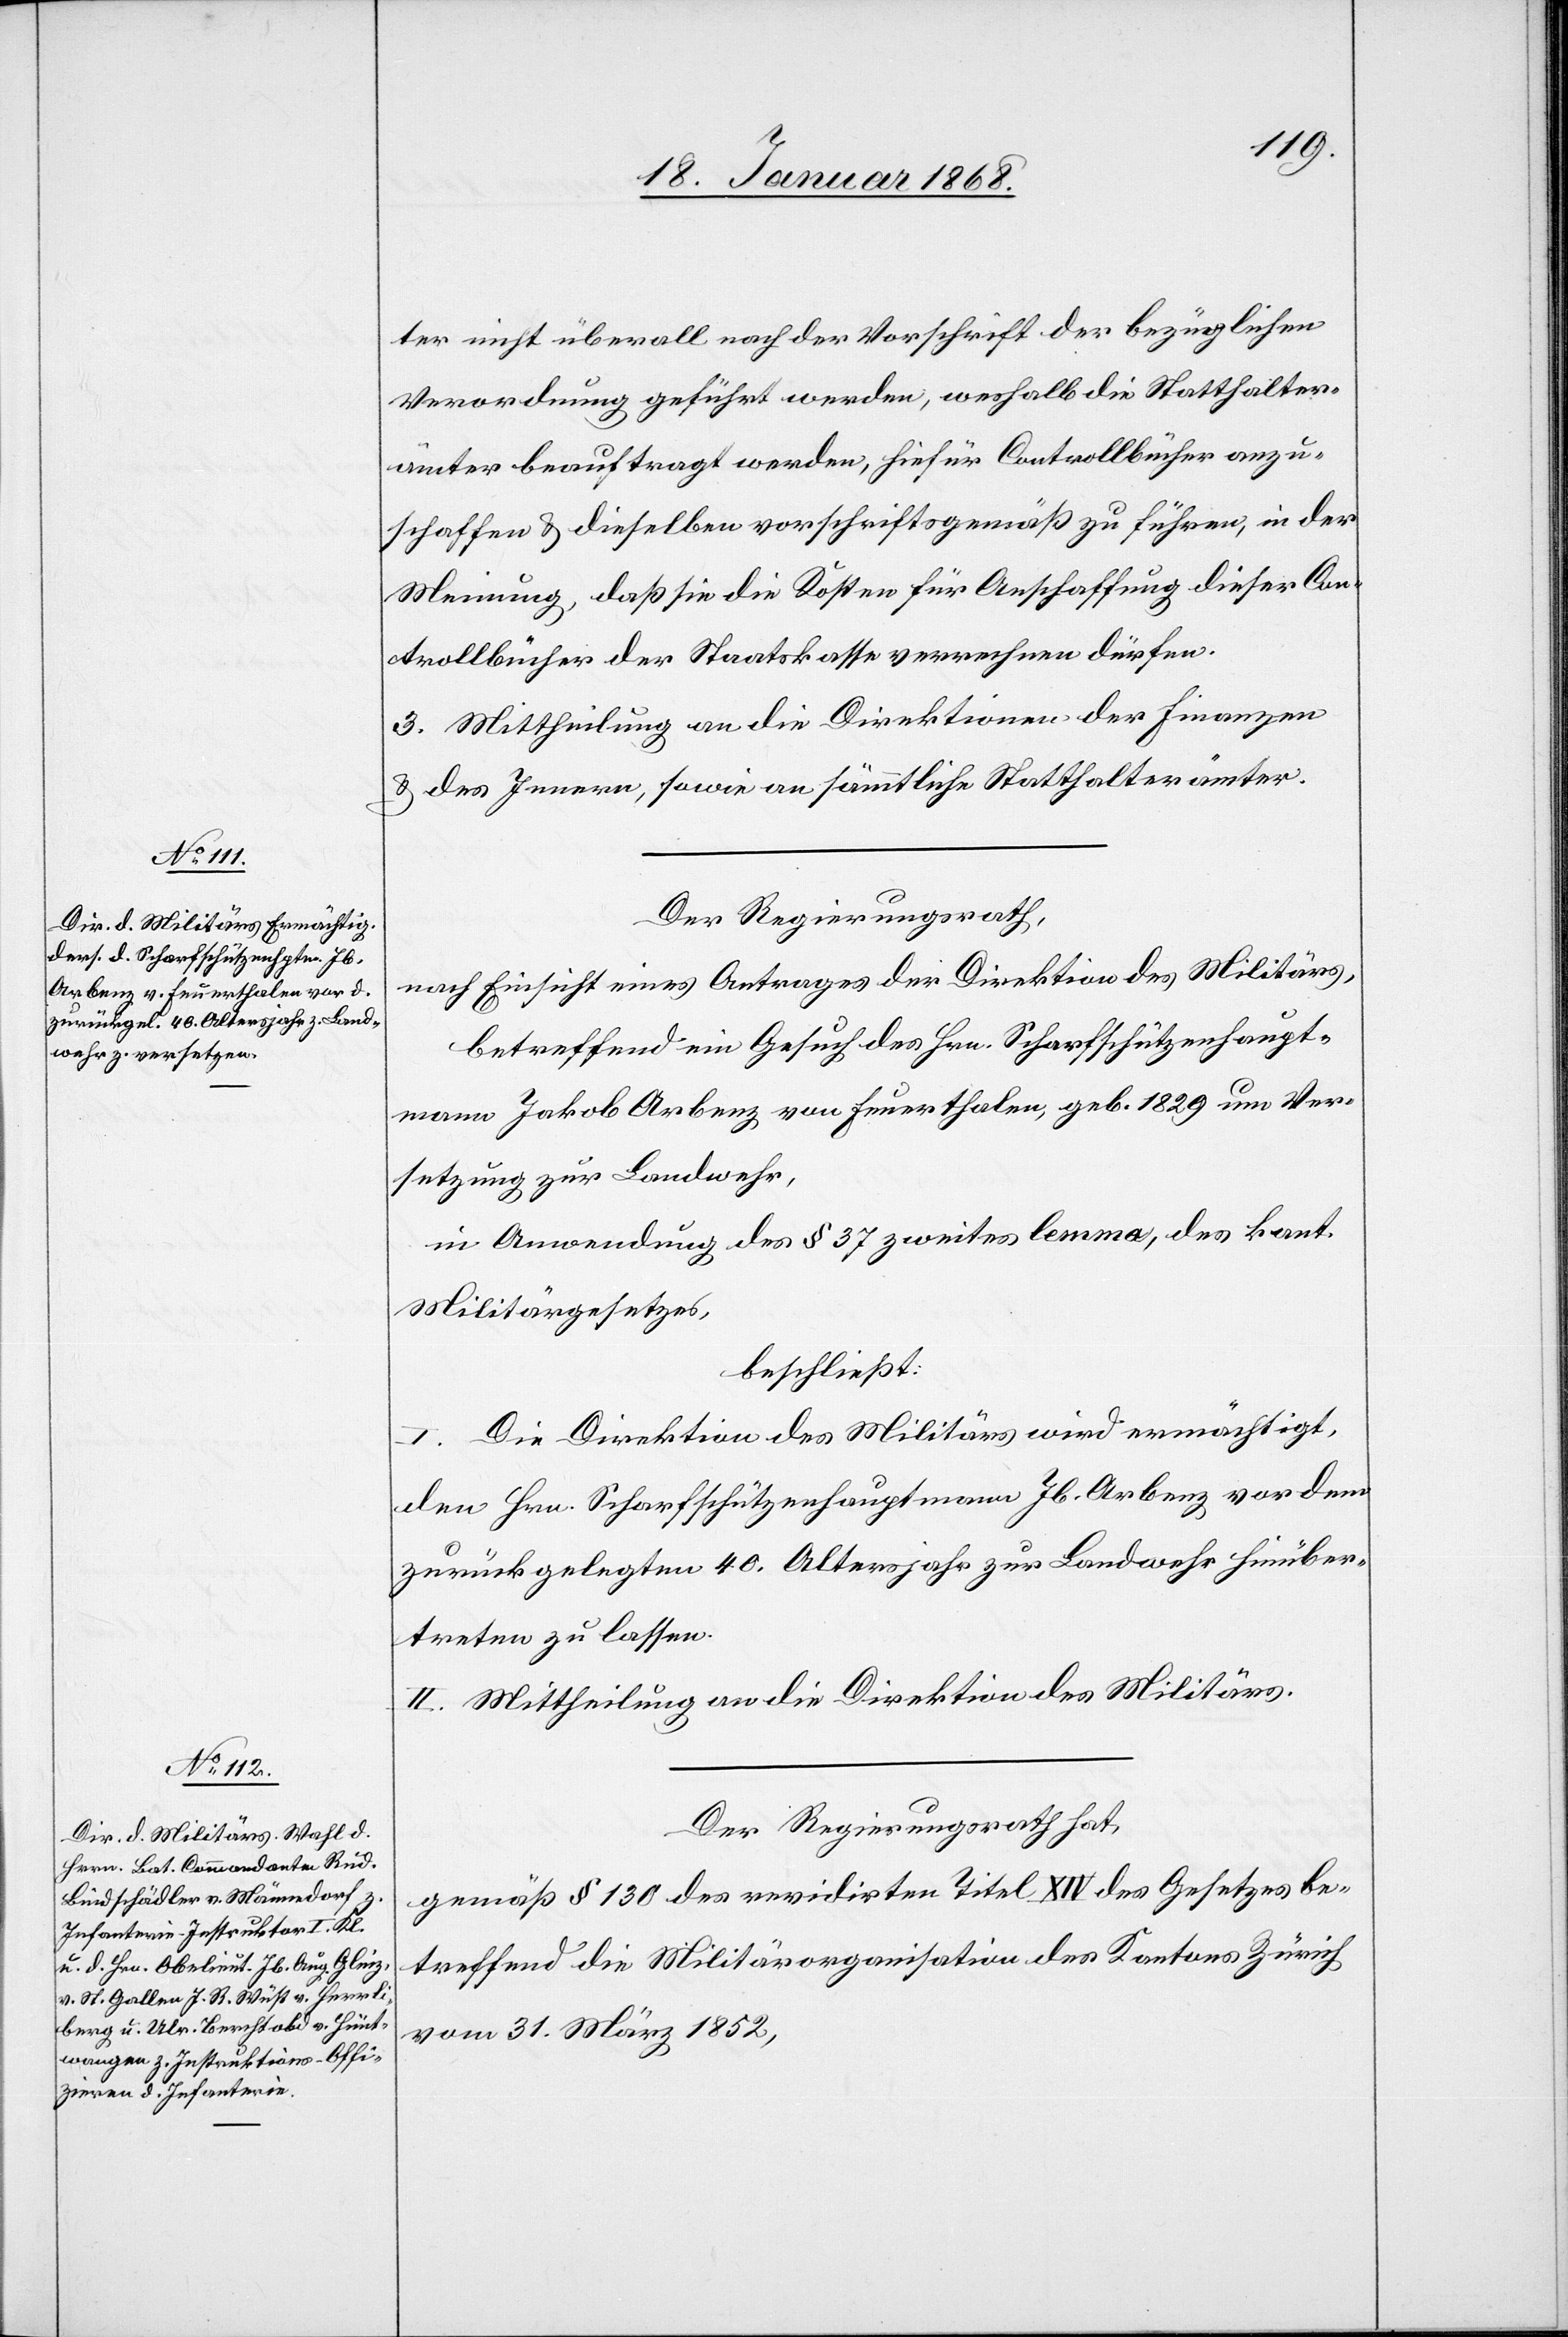
ter nicht überall nach der Vorschrift der bezüglichen
Verordnung geführt werden, weshalb die Statthalter¬
ämter beauftragt werden, hiefür Controllbücher anzu¬
schaffen & dieselben vorschriftsgemäß zu führen, in der
Meinung, daß sie die Kosten für Anschaffung dieser Con¬
trollbücher der Staatskasse verrechnen dürfen.
3. Mittheilung an die Direktionen der Finanzen
& des Innern, sowie an sämmtliche Statthalterämter.
Der Regierungsrath,
nach Einsicht eines Antrages der Direktion des Militärs,
betreffend ein Gesuch des Hrn. Scharfschützenhaupt¬
mann Jakob Arbenz von Feuerthalen, geb. 1829 um Ver¬
setzung zur Landwehr,
in Anwendung des § 37 zweites lemma, des kant.
Militärgesetzes,
beschließt:
I. Die Direktion des Militärs wird ermächtigt,
den Hrn. Scharfschützenhauptmann Jb. Arbenz vor dem
zurückgelegten 40. Altersjahr zur Landwehr hinüber¬
treten zu lassen.
II. Mittheilung an die Direktion des Militärs.
Der Regierungsrath hat,
gemäß § 130 des revidirten Titel XIV des Gesetzes be¬
treffend die Militärorganisation des Kantons Zürich
vom 31. März 1852,